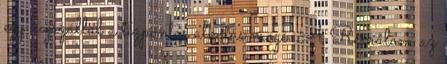
egy hajszállal a tízpontos alkotás mögé. A Rémálom az